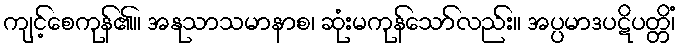
ကျင့်စေကုန်၏။ အနုသာသမာနာစ၊ ဆုံးမကုန်သော်လည်း။ အပ္ပမာဒပဋိပတ္တိံ၊